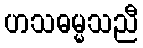
ဟသဓမ္မသညီ